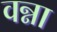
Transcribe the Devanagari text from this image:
वन्ना